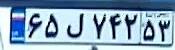
۶۵ل۷۴۲۵۳